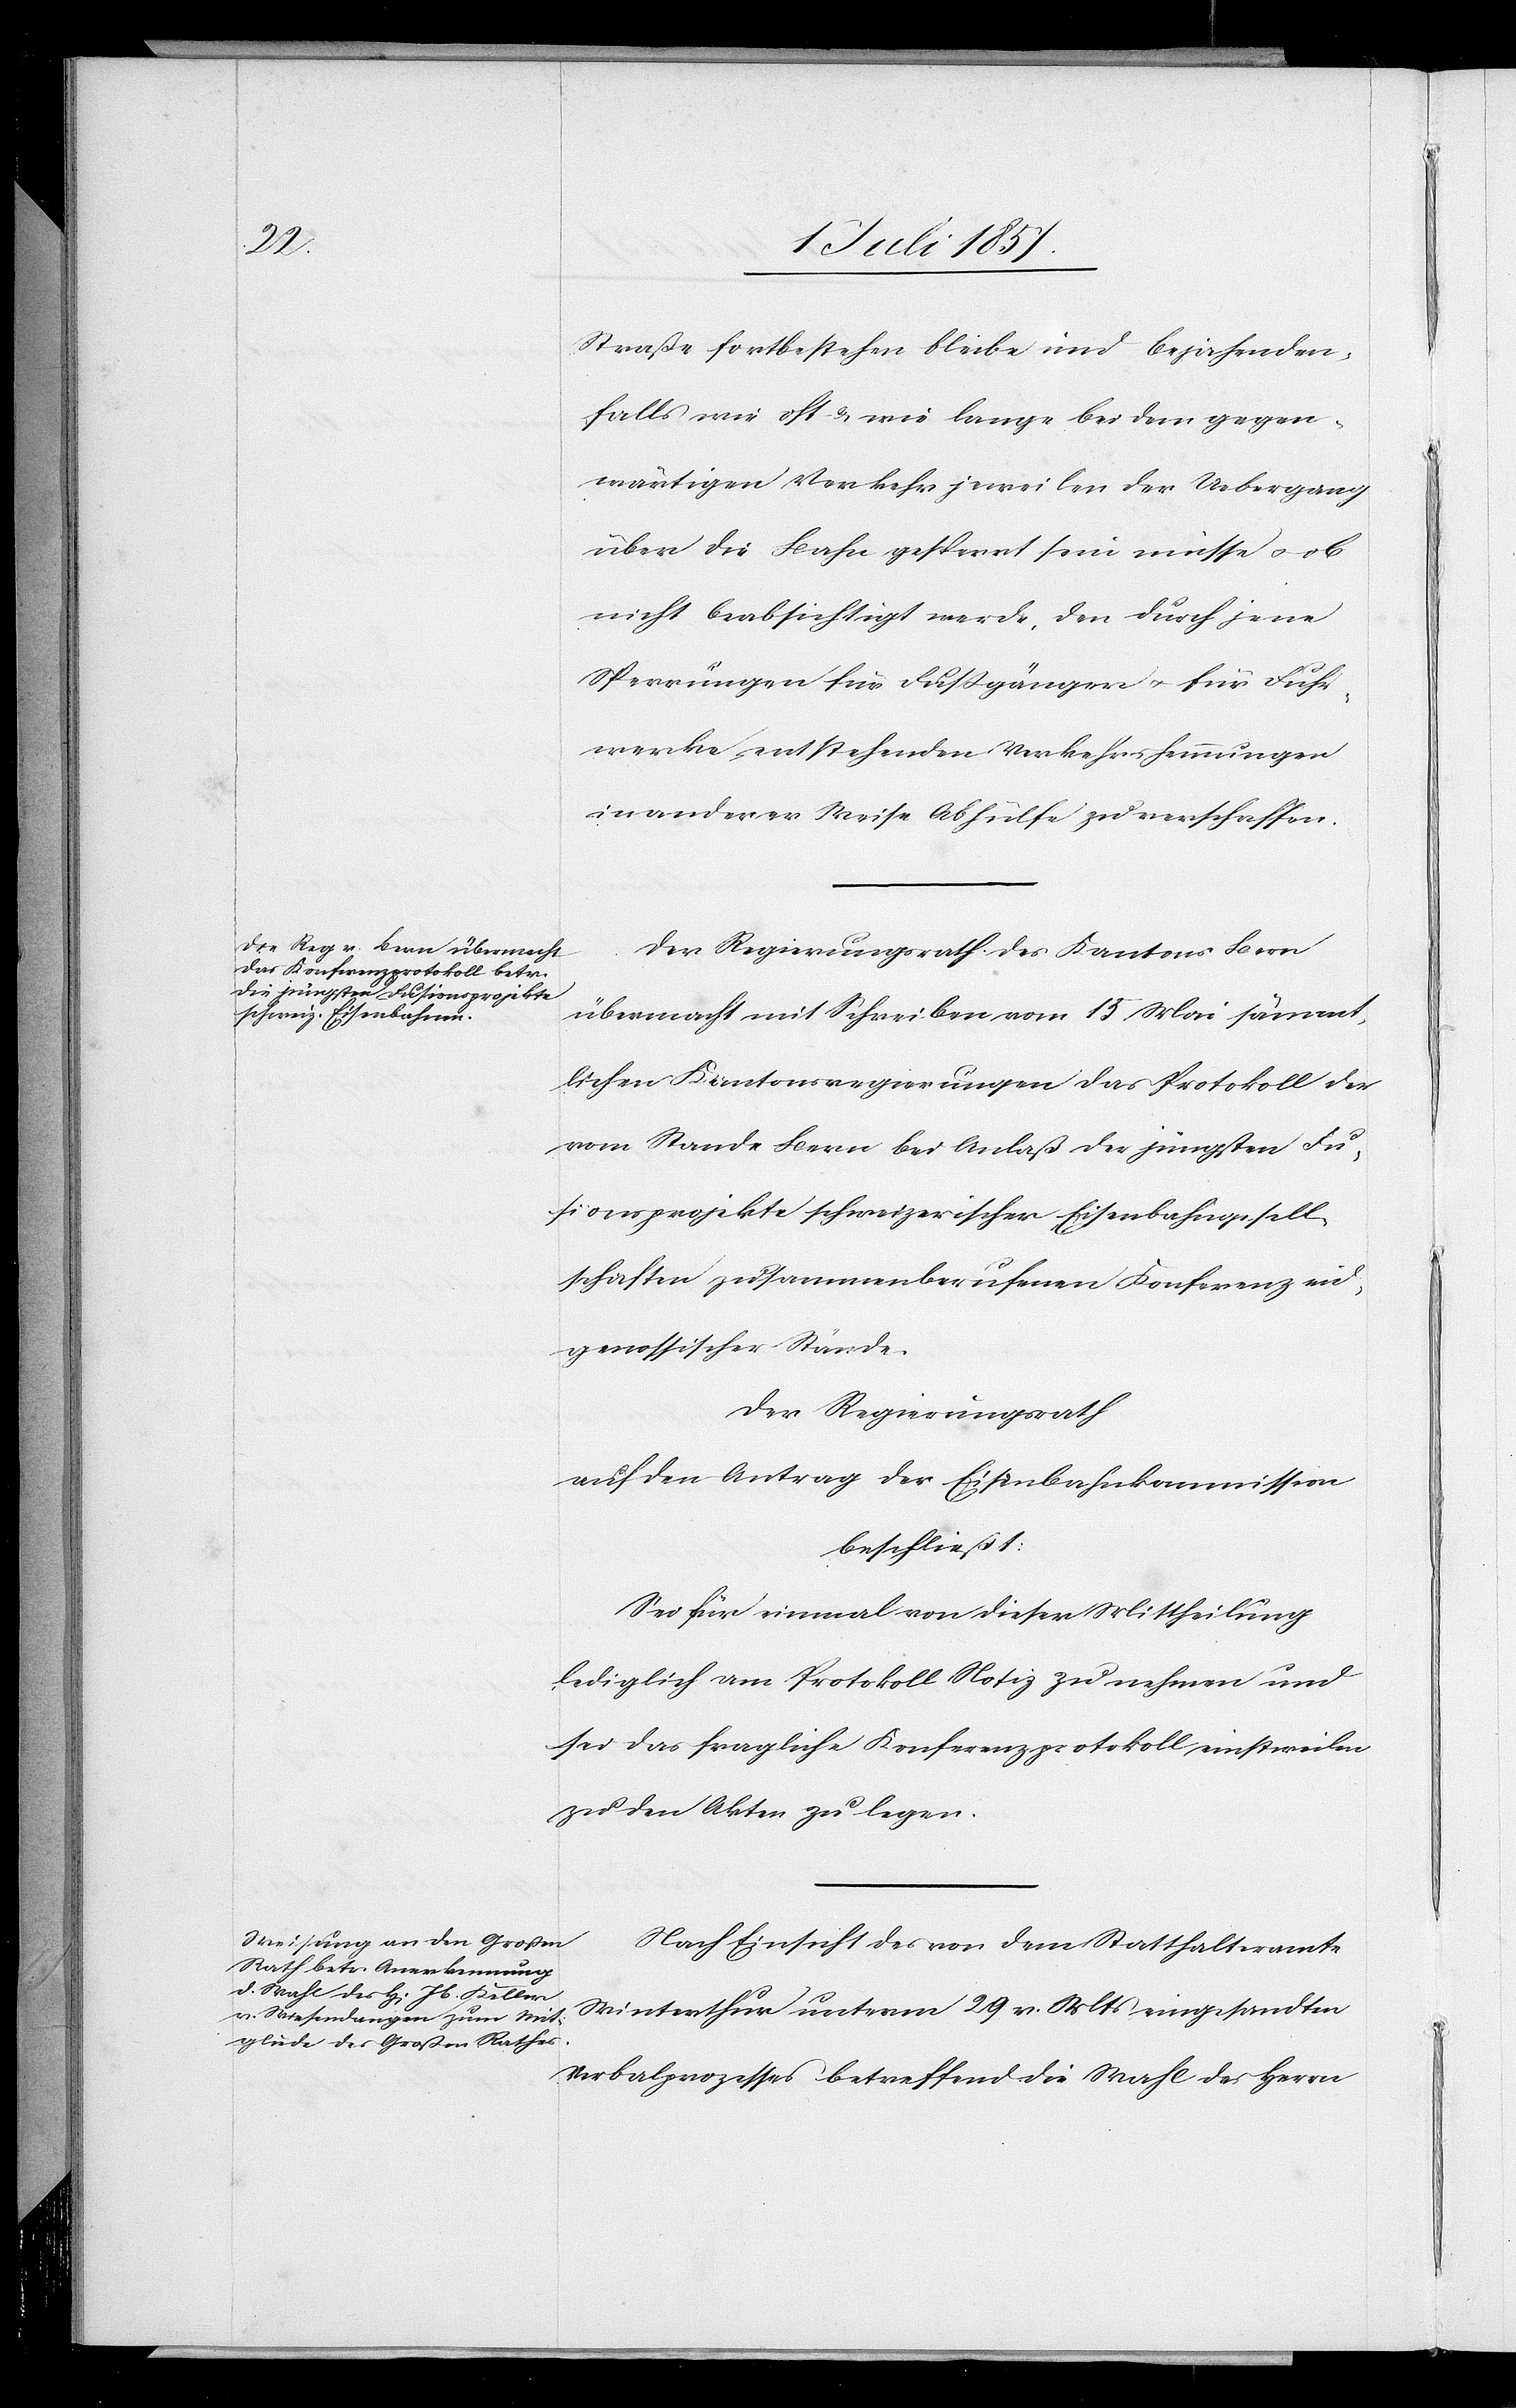
Straße fortbestehen bleibe und bejahenden¬
falls wie oft & wie lange bei dem gegen¬
wärtigen Verkehr jeweilen der Uebergang
über die Bahn gesperrt sein möchte & ob
nicht beabsichtigt werde, den durch jene
Sperrungen für Fußgänger & für Fuhr¬
werke entstehenden Verkehrshemmungen
in anderer Weise Abhülfe zu verschaffen.
Der Regierungsrath des Kantons Bern
übermacht mit Schreiben vom 15 Mai sämmt¬
lichen Kantonsregierungen das Protokoll der
vom Stande Bern bei Anlaß der jüngsten Fus¬
ionsprojekte schweizerischer Eisenbahngesell¬
schaften zusammenberufenen Konferenz eid¬
genossischer Stände.
Der Regierungsrath
auf den Antrag der Eisenbahnkommission
beschließt:
Sei für einmal von dieser Mittheilung
lediglich am Protokoll Notiz zu nehmen und
sei das fragliche Konferenzprotokoll einstweilen
zu den Akten zu legen.
Nach Einsicht des von dem Statthalteramte
Winterthur unterm 29 v. Mts. eingesandten
Verbalprozesses betreffend die Wahl des Herrn